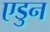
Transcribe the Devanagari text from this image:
एडुन